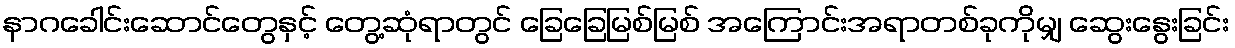
နာဂခေါင်းဆောင်တွေနှင့် တွေ့ဆုံရာတွင် ခြေခြေမြစ်မြစ် အကြောင်းအရာတစ်ခုကိုမျှ ဆွေးနွေးခြင်း